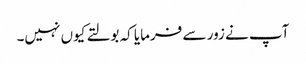
آپ نے زور سے فرمایا کہ بولتے کیوں نہیں۔